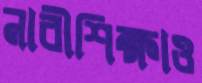
নারীশিক্ষাও